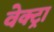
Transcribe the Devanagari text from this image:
वेक्ट्रा